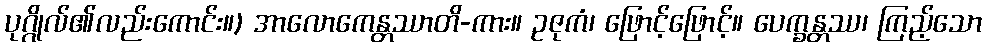
ပုဂ္ဂိုလ်၏လည်းကောင်း။) အာလောကေန္တဿာတိ-ကား။ ဥဇုကံ၊ ဖြောင့်ဖြောင့်။ ပေက္ခန္တဿ၊ ကြည့်သော